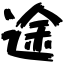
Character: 途